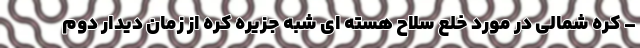
– کره شمالی در مورد خلع سلاح هسته ای شبه جزیره کره از زمان دیدار دوم